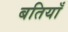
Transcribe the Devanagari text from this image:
बतियाँ